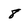
Character: 8